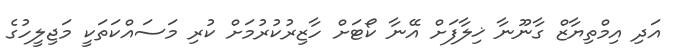
އަދި އިމްތިޔާޒް ގާނޫނާ ޚިލާފަށް އޭނާ ކޯޓަށް ހާޒިރުކުރުމަށް ކުރި މަސައްކަތަކީ މަޖިލީހުގެ